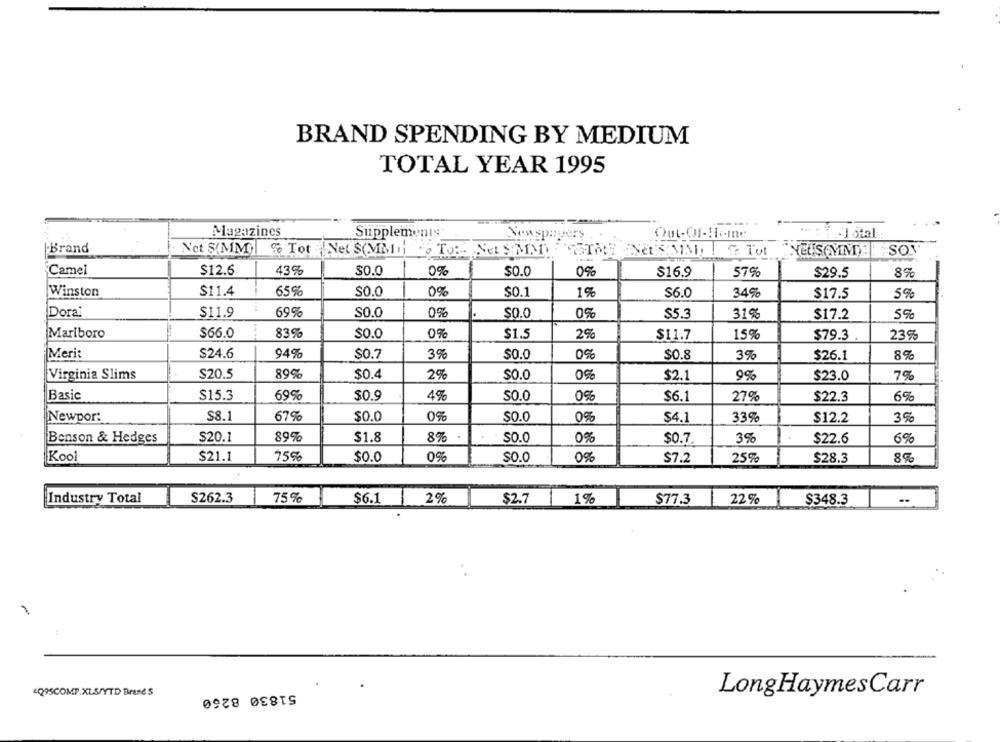
BRAND SPENDING BY MEDIUM
TOTAL YEAR 1995
--
Magazines
Supplements
Newspapers . .
Brand
Not S(MM)|
% Tot
Net S(MM)) To: Net SAND
Tot
Camel
$12.6
43%
$0.0
0%
$0.0
$16.9
57%
$29.5
8%
Winston
$11.4
65%
$0.0
0%
$0.1
1%
$6.0
34%
$17.5
5%
0%
Doral
$11.9
69%
S0.0
$0.0
0%
$5.3
31%
$17.2
5%
Marlboro
$66.0
83%
$0.0
0%
2%
$1.5
$11.7
15%
$79.3
23%
Merit
$24.6
94%
$0.7
3%
$0.0
$0.8
3%
$26.1
8%
930
Virginia Slims
$20.5
89%
$0.4
2%
$0.0
$2.1
9%
$23.0
7%
Basic
$15.3
69%
$0.9
4%
$0.0
0%
$6.1
27%
$22.3
6%
Newpor:
$8.1
67%
$0.0
0%
$0.0
0%
$4.1
33%
$12.2
3%
$20.1
89%
$1.8
8%
SO.0
0%
39
6%
Benson & Hedges
$0.7
$22.6
Kool
$21.1
75%
$0.0
0%
$0.0
0%
$7.2
25%
$28.3
Industry Total
$262.3
75%
$6.1
1
2%
$2.7
1%
$77.3
22%
$348.3
--
51830 8260
Q95COMP.XLS/YTD Brane S
LongHaymesCarr